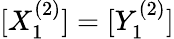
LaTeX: [X_{1}^{(2)}]=[Y_{1}^{(2)}]